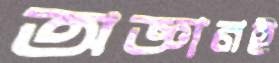
অজ্ঞানই